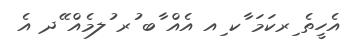
އެހީތެ ިރކަމަ ާކ ިއ އެއް ާބ ުރ ުލމެއް ޭދ އެ